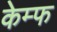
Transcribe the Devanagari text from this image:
केम्फ